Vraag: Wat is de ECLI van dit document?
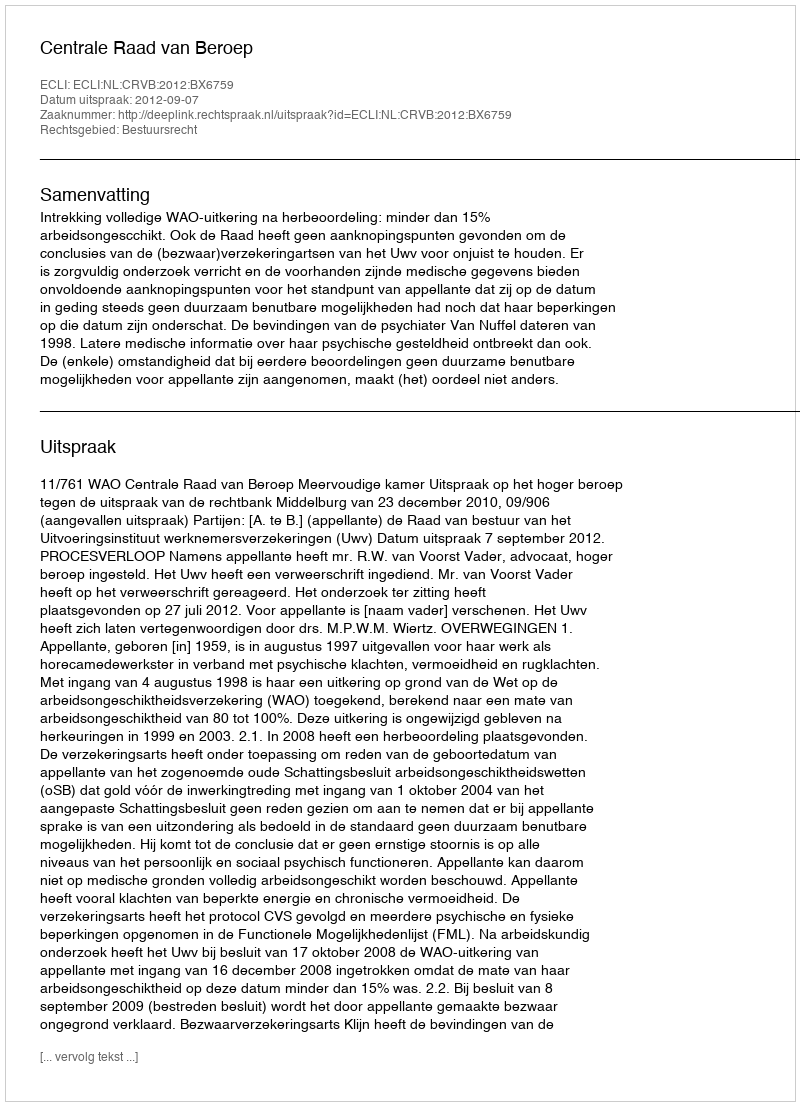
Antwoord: ECLI:NL:CRVB:2012:BX6759